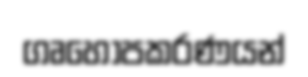
ගෘහෝපකරණයන්